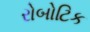
રોબોટિક